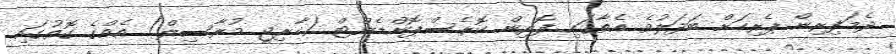
ދެމަފިރިން ޕެރިހަށް ބަދަލުވެ އެތާގައި ފޮރިން ކޮރެސްޕޮންޑެންޓް (ހާރިޖީ މުރާސިލް) އެއްގެ ގޮތުގައި